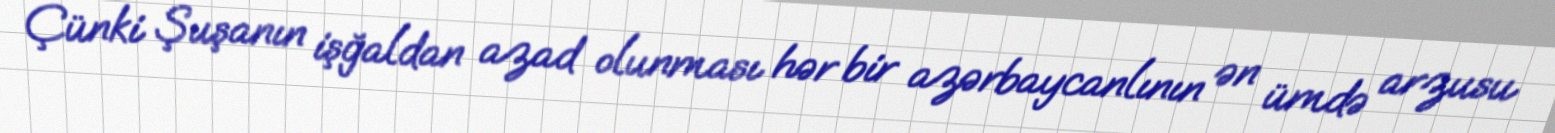
Çünki Şuşanın işğaldan azad olunması hər bir azərbaycanlının ən ümdə arzusu